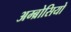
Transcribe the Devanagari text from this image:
अम्ब्रोसियो